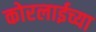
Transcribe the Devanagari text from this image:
कोरलाईच्या